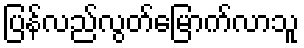
ပြန်လည်လွတ်မြောက်လာသူ